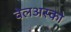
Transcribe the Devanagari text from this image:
वेलअस्को